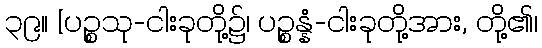
၃၉။ [ပဉ္စသု-ငါးခုတို့၌၊ ပဉ္စန္နံ-ငါးခုတို့အား, တို့၏၊